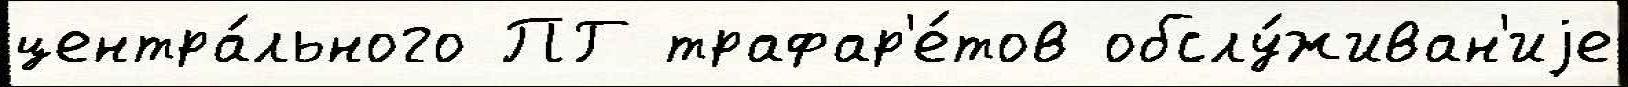
центра́льного ПГ трафар'е́тов обслу́живан'иjе